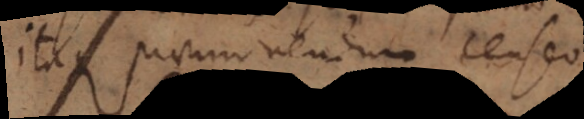
Itaque praemonendum censeo